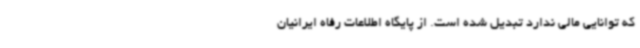
که توانایی مالی ندارد تبدیل شده است. از پایگاه اطلاعات رفاه ایرانیان